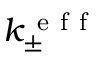
k _ { \pm } ^ { \mathrm { ~ e ~ f ~ f ~ } }